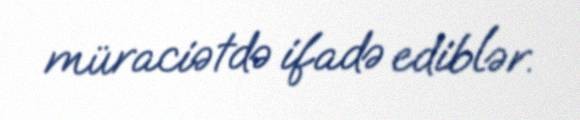
müraciətdə ifadə ediblər.